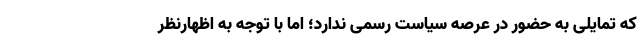
که تمایلی به حضور در عرصه سیاست رسمی ندارد؛ اما با توجه به اظهارنظر